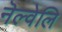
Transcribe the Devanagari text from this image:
नॆल्वेलि